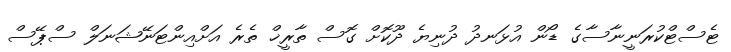
ޓެސްޓްކުރަނީނާސާގެ ޑޯން އުޅަނދު ދުނިޔެ ދޫކޮށް ގޮސް ތާރީޚް ތެރެ އަށްއިންޓަނޭޝަނަލް ސްޕޭސް